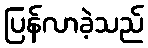
ပြန်လာခဲ့သည်